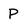
Character: p